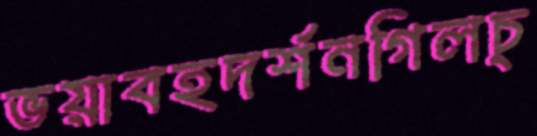
ভয়াবহদর্শনগিলচ্